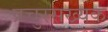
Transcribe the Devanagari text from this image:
प्रचुरसख्यक